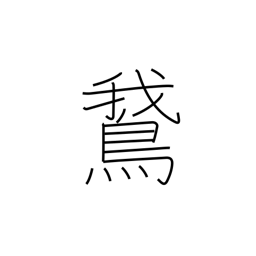
Meaning: goose